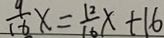
\frac { 9 } { 1 6 } x = \frac { 1 2 } { 1 6 } x + 1 6